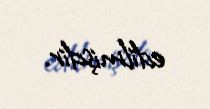
edilmişdir.